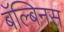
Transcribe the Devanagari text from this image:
बॅल्बिनस